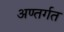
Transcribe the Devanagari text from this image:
अण्तर्गत